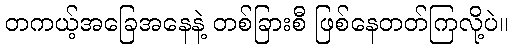
တကယ့်အခြေအနေနဲ့ တစ်ခြားစီ ဖြစ်နေတတ်ကြလို့ပဲ။